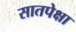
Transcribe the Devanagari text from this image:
सातपेक्षा